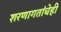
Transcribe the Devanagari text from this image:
शरणागतांचेही